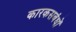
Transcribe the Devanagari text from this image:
कारकसबंधों